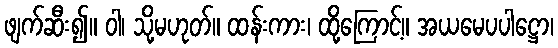
ဖျက်ဆီး၍။ ဝါ၊ သို့မဟုတ်။ ထန်းကား၊ ထို့ကြောင့်။ အယမေပပါဋ္ဌော၊